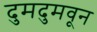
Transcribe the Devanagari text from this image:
दुमदुमवून